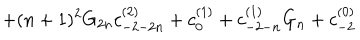
LaTeX: + ( n + 1 ) ^ { 2 } G _ { 2 n } c _ { - 2 - 2 n } ^ { ( 2 ) } + c _ { 0 } ^ { ( 1 ) } + c _ { - 2 - n } ^ { ( 1 ) } G _ { n } + c _ { - 2 } ^ { ( 0 ) }